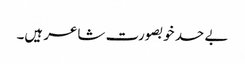
بے حد خوبصورت شاعر ہیں۔